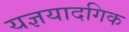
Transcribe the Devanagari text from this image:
यज्ञयादगिक